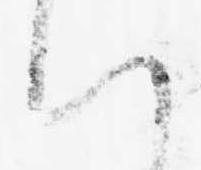
い